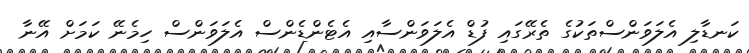
ކަނޑާލި އެލަވަންސްތަކުގެ ތެރޭގައި ފުޑް އެލަވަންސާއި އެޓެންޑެންސް އެލަވަންސް ހިމެނޭ ކަމަށް އޭނާ